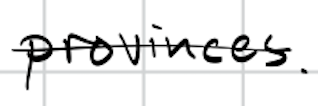
Text: provinces.
Cross-out: single-line
Writing tool: digital_black